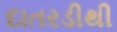
દાતરડીથી